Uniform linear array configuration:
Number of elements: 4
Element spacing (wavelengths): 1
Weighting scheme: exponential
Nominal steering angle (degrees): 45
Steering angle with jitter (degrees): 44.607
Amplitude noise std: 0.05
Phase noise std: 0.05

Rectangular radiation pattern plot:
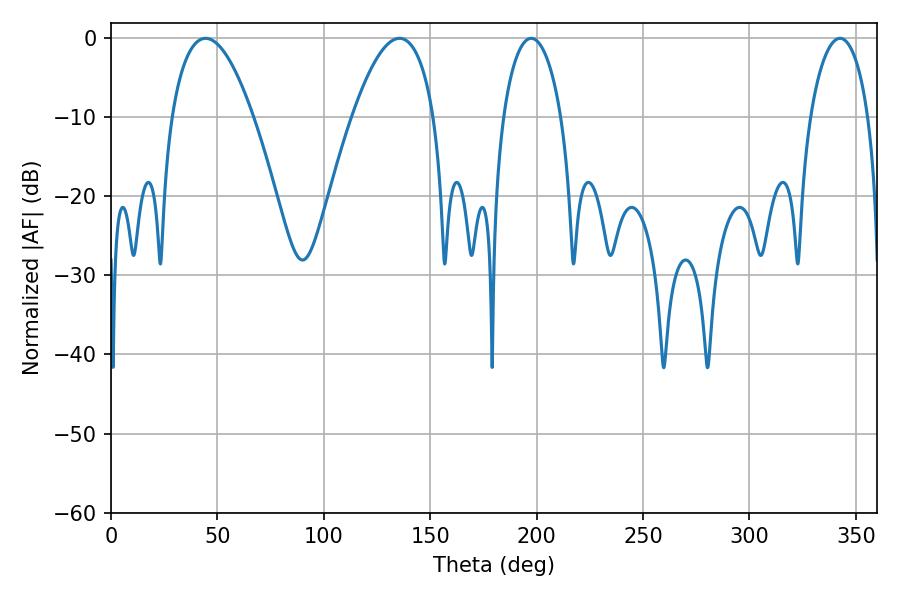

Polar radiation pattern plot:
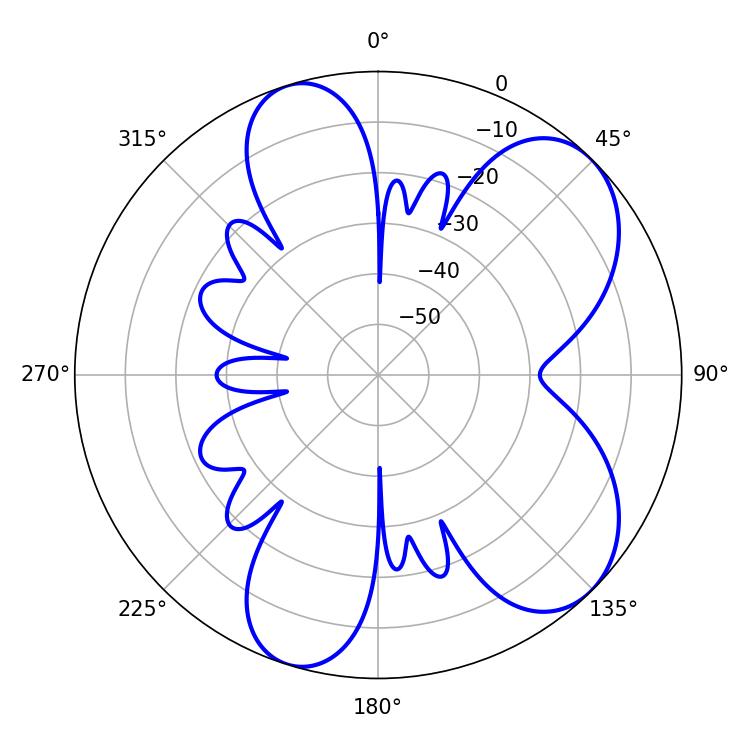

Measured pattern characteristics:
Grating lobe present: TRUE
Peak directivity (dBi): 7.1
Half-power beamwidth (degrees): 15.48
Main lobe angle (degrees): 197.46